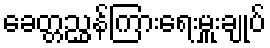
ခေတ္တညွှန်ကြားရေးမှူးချုပ်